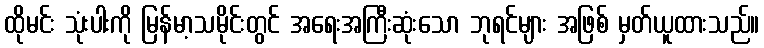
ထိုမင်း သုံးပါးကို မြန်မာ့သမိုင်းတွင် အရေးအကြီးဆုံးသော ဘုရင်များ အဖြစ် မှတ်ယူထားသည်။